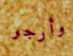
وأرجو